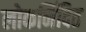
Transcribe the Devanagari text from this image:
लोकनिंदित